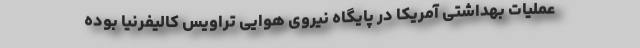
عملیات بهداشتی آمریکا در پایگاه نیروی هوایی تراویس کالیفرنیا بوده